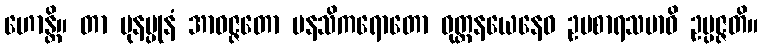
ဟောန္တိ။ တာ ပုနပ္ပုနံ အာဝဇ္ဇတော မနသိကရောတော ဝုတ္တနယေနေဝ ဥပစာရသမာဓိ ဥပ္ပဇ္ဇတိ။